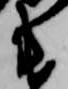
衛